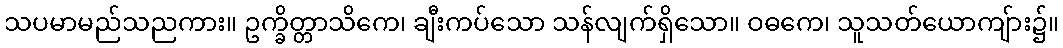
သပမာမည်သညကား။ ဥက္ခိတ္တာသိကေ၊ ချီးကပ်သော သန်လျက်ရှိသော။ ဝဓကေ၊ သူသတ်ယောကျ်ား၌။